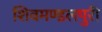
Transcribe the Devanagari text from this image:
शिवमण्डलपुरी